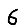
Digit: 6